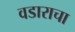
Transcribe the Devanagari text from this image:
वडाराचा